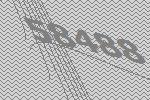
58488